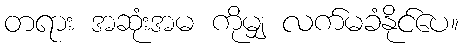
တရား အဆုံးအမ ကိုမျှ လက်မခံနိုင်ပေ။